Civil Veterinary Department ledger series I-VI
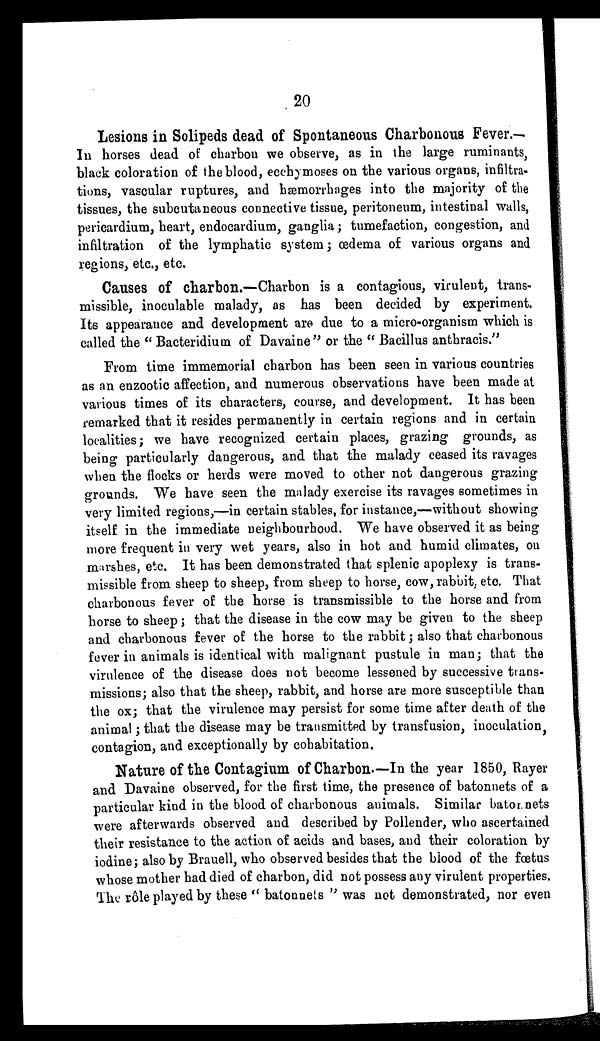
20
Lesions in Solipeds dead of Spontaneous Charbonous Fever.-
In horses dead of charbon we observe, as in the large ruminants,
black coloration of the blood, ecchymoses on the various organs, infiltra-
tions, vascular ruptures, and hæmorrhages into the majority of the
tissues, the subcutaneous connective tissue, peritoneum, intestinal walls,
pericardium, heart, endocardium, ganglia ; tumefaction, congestion, and
infiltration of the lymphatic system ; œdema of various organs and
regions, etc., etc.
Causes of charbon.—Charbon is a contagious, virulent, trans-
missible, inoculable malady, as has been decided by experiment.
Its appearance and development are due to a micro-organism which is
called the "Bacteridium of Davaine" or the "Bacillus anthracis."
From time immemorial charbon has been seen in various countries
as an enzootic affection, and numerous observations have been made at
various times of its characters, course, and development. It has been
remarked that it resides permanently in certain regions and in certain
localities; we have recognized certain places, grazing grounds, as
being particularly dangerous, and that the malady ceased its ravages
when the flocks or herds were moved to other not dangerous grazing
grounds. We have seen the malady exercise its ravages sometimes in
very limited regions,—in certain stables, for instance,—without showing
itself in the immediate neighbourhood. We have observed it as being
more frequent in very wet years, also in hot and humid climates, on
marshes, etc. It has been demonstrated that splenic apoplexy is trans-
missible from sheep to sheep, from sheep to horse, cow, rabbit, etc. That
charbonous fever of the horse is transmissible to the horse and from
horse to sheep; that the disease in the cow may be given to the sheep
and charbonous fever of the horse to the rabbit; also that charbonous
fever in animals is identical with malignant pustule in man; that the
virulence of the disease does not become lessened by successive trans-
missions; also that the sheep, rabbit, and horse are more susceptible than
the ox; that the virulence may persist for some time after death of the
animal; that the disease may be transmitted by transfusion, inoculation,
contagion, and exceptionally by cohabitation.
Nature of the Contagium of Charbon.—In the year 1850, Rayer
and Davaine observed, for the first time, the presence of batonnets of a
particular kind in the blood of charbonous animals. Similar batonnets
were afterwards observed and described by Pollender, who ascertained
their resistance to the action of acids and bases, and their coloration by
iodine ; also by Brauell, who observed besides that the blood of the fœtus
whose mother had died of charbon, did not possess any virulent properties.
The rôle played by these " batonnets " was not demonstrated, nor even